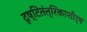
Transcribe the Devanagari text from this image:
दृष्टितंत्रिकाशीर्ष